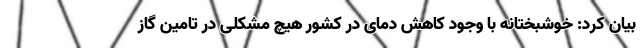
بیان کرد: خوشبختانه با وجود کاهش دمای در کشور هیچ مشکلی در تامین گاز